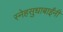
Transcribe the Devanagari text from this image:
स्नेहसुधाबाईंनी